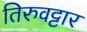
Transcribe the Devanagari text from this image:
तिरुवट्टार